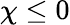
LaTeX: \chi\le 0